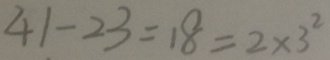
4 1 - 2 3 = 1 8 = 2 \times 3 ^ { 2 }